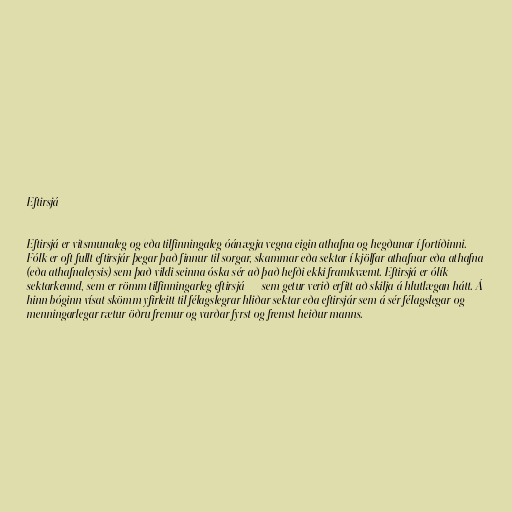
Eftirsjá

Eftirsjá er vitsmunaleg og/eða tilfinningaleg óánægja vegna eigin athafna og hegðunar í fortíðinni.
Fólk er oft fullt eftirsjár þegar það finnur til sorgar, skammar eða sektar í kjölfar athafnar eða athafna
(eða athafnaleysis) sem það vildi seinna óska sér að það hefði ekki framkvæmt. Eftirsjá er ólík
sektarkennd, sem er römm tilfinningarleg eftirsjá — sem getur verið erfitt að skilja á hlutlægan hátt. Á
hinn bóginn vísat skömm yfirleitt til félagslegrar hliðar sektar eða eftirsjár sem á sér félagslegar og
menningarlegar rætur öðru fremur og varðar fyrst og fremst heiður manns.